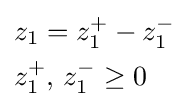
{\begin{aligned}&z_{1}=z_{1}^{+}-z_{1}^{-}\\&z_{1}^{+},\,z_{1}^{-}\geq 0\end{aligned}}